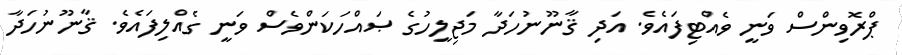
ޕްރޮވިންސް ވަނީ ވެއްޓިފައެވެ. އަދި ޤާނޫނުހަދާ މަޖިލީހުގެ ޞައްހަކަންވެސް ވަނީ ގެއްލިފައެވެ. ޤާނޫނުހަދާ